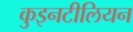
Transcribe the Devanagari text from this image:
कुइनटीलियन